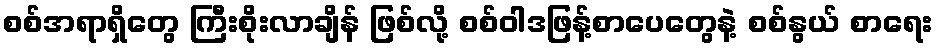
စစ်အရာရှိတွေ ကြီးစိုးလာချိန် ဖြစ်လို့ စစ်ဝါဒဖြန့်စာပေတွေနဲ့ စစ်နွယ် စာရေး